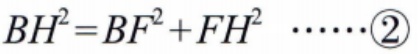
\(BH^{2}=BF^{2}+FH^{2}\ \cdots\cdots\textcircled{2}\)